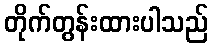
တိုက်တွန်းထားပါသည်